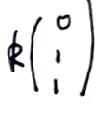
\(\mathbb{R}\begin{pmatrix}0\\\vdots\\1\end{pmatrix}\)